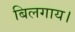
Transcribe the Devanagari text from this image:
बिलगाय।